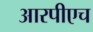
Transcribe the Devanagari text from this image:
आरपीएच